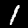
Label: 1